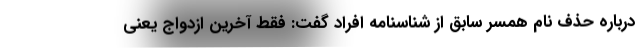
درباره حذف نام همسر سابق از شناسنامه افراد گفت: فقط آخرین ازدواج یعنی